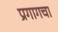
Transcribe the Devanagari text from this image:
प्रगागचा